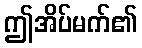
ဤအိပ်မက်၏